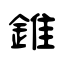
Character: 錐